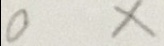
0 x